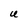
Character: U